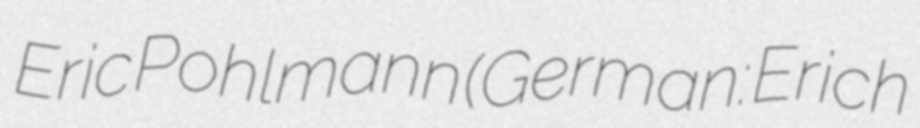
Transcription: Eric Pohlmann (German: Erich